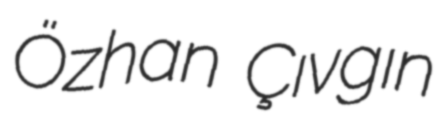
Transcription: Özhan Çıvgın